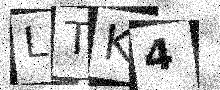
Text: LTK4